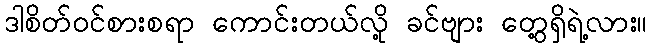
ဒါစိတ်ဝင်စားစရာ ကောင်းတယ်လို့ ခင်ဗျား တွေ့ရှိရဲ့လား။